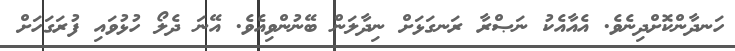
ހަނދާންކޮށްދިނެވެ. އެއާއެކު ނަޞްރާ ރަނގަޅަށް ނިދާލަން ބޭނުންވިއެވެ. އޭނަ ދެލޯ ހުޅުވައި ފުރަގަހަށް